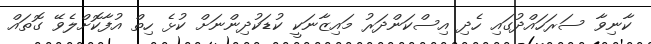
ކާނިވާ ސަރަހައްދުގައި ހެދި އިސްކަންދަރު މައިޒާނަކީ ކުޑަކުދިންނަށް ކުޅެ ހިތް އުފާކޮށްލެވޭ ގޮތައް